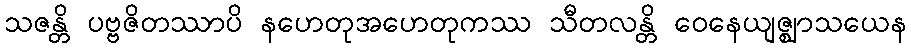
သဇန္တိ ပဗ္ဗဇိတဿာပိ နဟေတုအဟေတုကဿ သီတလန္တိ ဝေနေယျဇ္ဈာသယေန